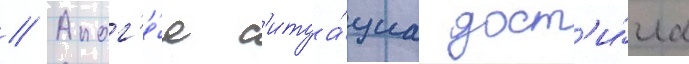
// Апог'е́я с'итуа́циа дост'и́гла